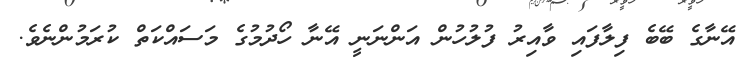
އޭނާގެ ބޭބެ ފިލާފައި ވާއިރު ފުލުހުން އަންނަނީ އޭނާ ހޯދުމުގެ މަސައްކަތް ކުރަމުންނެވެ.